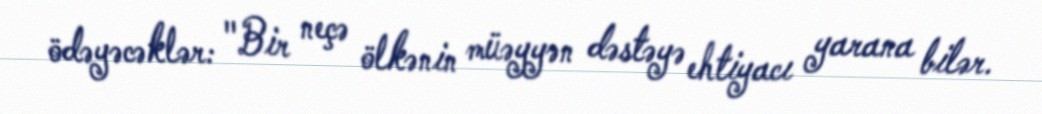
ödəyəcəklər: "Bir neçə ölkənin müəyyən dəstəyə ehtiyacı yarana bilər.